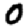
Digit: 0